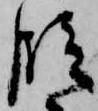
段